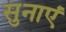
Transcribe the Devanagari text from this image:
सुनाएं